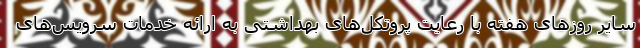
سایر روزهای هفته با رعایت پروتکل‌های بهداشتی به ارائه خدمات سرویس‌های